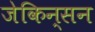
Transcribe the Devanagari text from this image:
जेकिन्सन